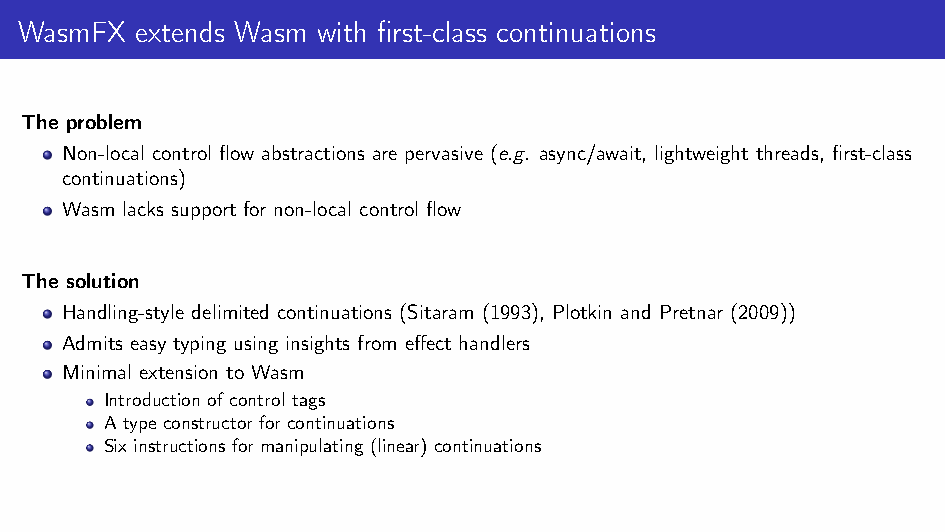
WasmFX  extends Wasm with first-class continuations
 The problem
 Non-local control flow abstractions are pervasive (e.g. async/await, lightweight threads, first-class
 continuations)
 Wasm lacks support for non-local control flow
 The solution
 Handling-style delimited continuations (Sitaram (1993), Plotkin and Pretnar (2009))
 Admits easy typing using insights from effect handlers
 Minimal extension to Wasm
 Introduction of control tags
 A type constructor for continuations
 Six instructions for manipulating (linear) continuations